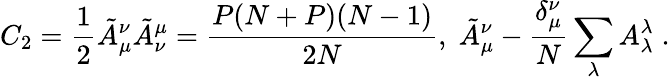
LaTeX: C_{2}=\frac{1}{2}\tilde{A}_{\mu}^{\nu}\tilde{A}_{\nu}^{\mu}=\frac{P(N+P)(N-1)}{2N},\; \tilde{A}_{\mu}^{\nu}-\frac{\delta_{\mu}^{\nu}}{N}\sum_{\lambda}A_{\lambda}^{\lambda}\; .